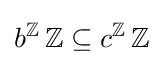
b^{\mathbb {Z} }\,\mathbb {Z} \subseteq c^{\mathbb {Z} }\,\mathbb {Z}